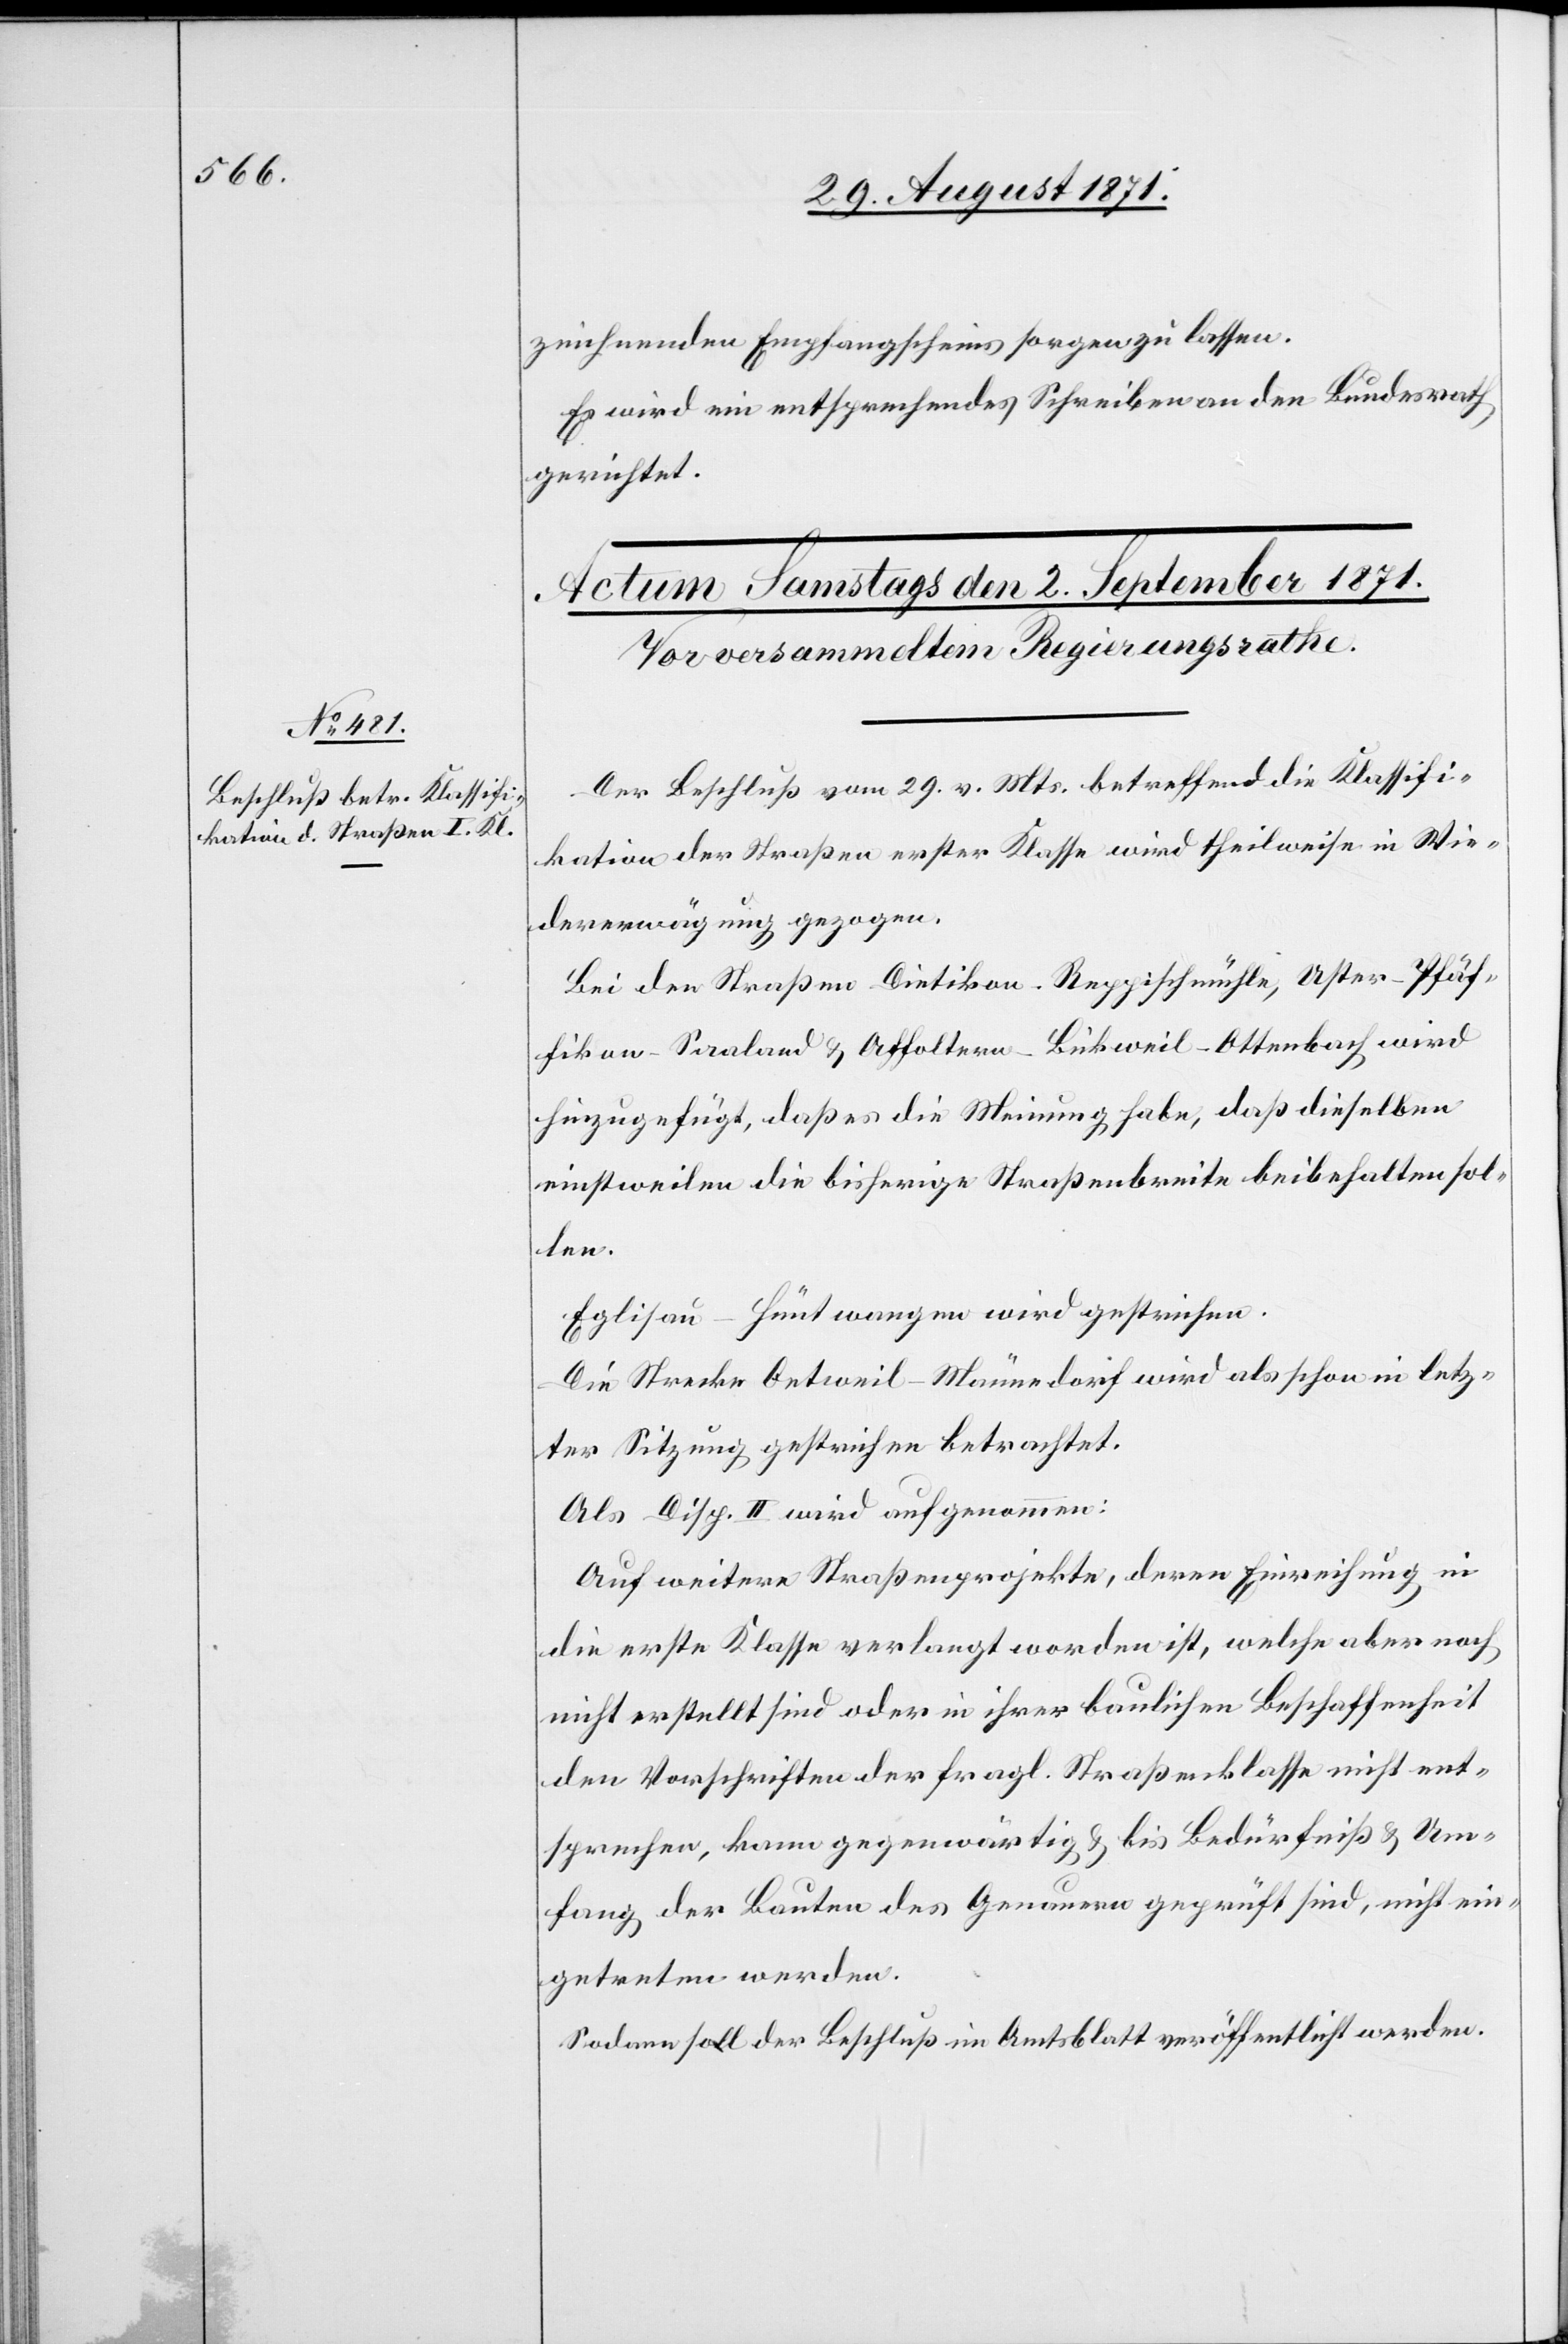
zeichnenden Empfangsscheins sorgen zu lassen.
Es wird ein entsprechendes Schreiben an den Bundesrath
gerichtet.
Der Beschluß vom 29. v. Mts. betreffend die Klassifi¬
kation der Straßen erster Klasse wird theilweise in Wie¬
dererwägung gezogen.
Bei den Straßen Dietikon–Reppischmühle, Uster–Pfäf¬
fikon–Saaland & Affoltern–Bickweil–Ottenbach wird
hinzugefügt, daß es die Meinung habe, daß dieselben
einstweilen die bisherige Straßenbreite beibehalten sol¬
len.
Eglisau–Hüntwangen wird gestrichen.
Die Strecke Oetweil–Männedorf wird als schon in letz¬
ter Sitzung gestrichen betrachtet.
Als Disp. II. wird aufgenommen:
Auf weitere Straßenprojekte, deren Einreihung in
die erste Klasse verlangt worden ist, welche aber noch
nicht erstellt sind oder in ihrer baulichen Beschaffenheit
den Vorschriften der fragl. Straßenklasse nicht ent¬
sprechen, kann gegenwärtig & bis Bedürfniß & Um¬
fang der Bauten des Genauern geprüft sind, nicht ein¬
getreten werden.
Sodann soll der Beschluß im Amtsblatt veröffentlicht werden.